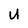
Character: U